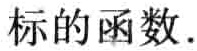
标的函数.